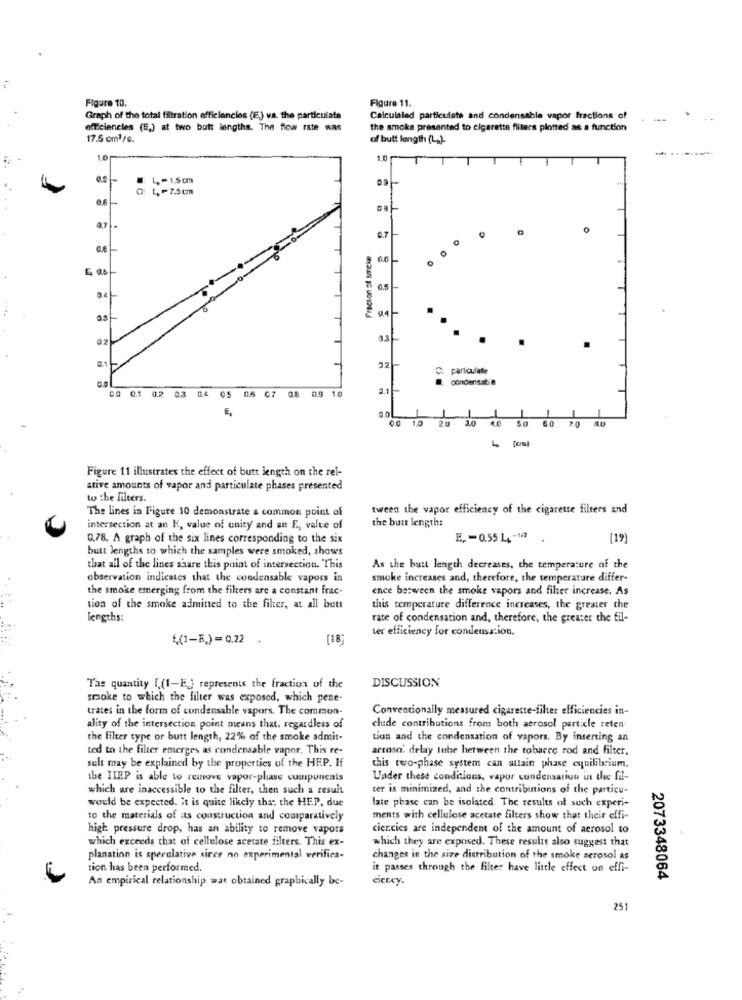
Figure 10.
Figure 11.
Graph of the total filtration efficiencies (E) vs. the particulate
Calculaled particulate and condensable vapor fractions of
..
efficiencies (E.) at two butt lengths. The flow rate was
the smoke presented to cigarette fliters plotted as a function
17.5 cm3/s.
of butt length (L.).
1.0
09
L -7.5 cm
1
07.
0.7
0.6
Fraction El snicke
0.5-
04-
as
C: particulate
.
condensate
00 01 0.2 03 0.4 05 0.5 G.7 08
0.9 1.0
E.
00 10 20 3.0 4.0 50 6.0
70
80
Figure 11 illustrates the effect of butt length on the rel-
ative amounts of vapor and particulate phases presented
to the filters.
The lines in Figure 10 demonstrate a common point of
tween the vapor efficiency of the cigarette filters and
the but length:
intersection at an K, value of unity and an E, value of
0,78. A graph of the six lines corresponding to the six
E. - 0.55 L ,- 1
[19]
butt lengths to which the samples were smoked, shows
that all of the lines share this point of intersection. This
As the butt length decreases, the temperature of the
observation indicates that the condensable vapors in
smoke increases and, therefore, the temperature differ-
the smoke emerging from the filters are a constant frac-
ence between the smoke vapors and filter increase. As
tion of the smoke admitted to the filter, at all butt
this temperature difference increases, the greater the
lengths:
rate of condensation and, therefore, the greater the fil-
ter efficiency for condensation,
{(1-R)=0.22
[18]
DISCUSSION
Tas quantity f.(1-E) represents the fraction of the
smoke to which the filter was exposed, which pene-
trates in the form of condensable vapors. The common-
Conventionally measured cigareste-filter efficiencies in-
ality of the intersection point means that, regardless of
clude contributions from both aerosol particle reten-
the filter type or butt length, 22% of the smoke admit-
tion and the condensation of vapors. By inserting an
ted to the filter emerges as condensable vapor. This re-
aeroso. delay lube between the tobacco rod and filter,
sult may be explained by the properties of the HEP. If
this two-phase system can autain phase equilibrium.
the IIEP is able to remove vapor-plass cumpuncals
Under these conditions, vapor condensation in the fil-
which are inaccessible to the filter, then such a result
ter is minimized, and the contributions of the particu-
would be expected. it is quite likely that the HEP, due
late phase can be isolated The results of such experi-
to the materials of its construction and comparatively
ments with cellulose acetate filters show that their effi-
high pressure drop, has an ability to remove vapors
ciencies are independent of the amount of aerosol to
which exceeds that of cellulose acetate filters. This ex-
which they are exposed. These results also suggest that
planation is speculative sirce no experimental verifica-
changes in the size distribution of the smoke aerosol as
tion has been performed.
it passes through the filter have little effect un effi-
An empirical relationship was obtained graphically bc-
ciency.
2073348064
251